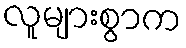
လူများစွာက